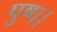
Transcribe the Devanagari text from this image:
पुष्प।